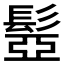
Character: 𩭯